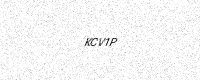
Text: KCV1P